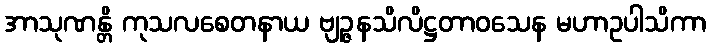
အာသုဏန္တိ ကုသလစေတနာယ ဗျဉ္ဇနသိလိဋ္ဌတာဝသေန မဟာဥပါသိကာ